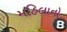
મહિલાનો